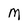
Character: M